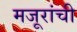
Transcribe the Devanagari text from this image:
मजूरांची